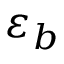
\varepsilon _ { b }